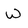
Character: w